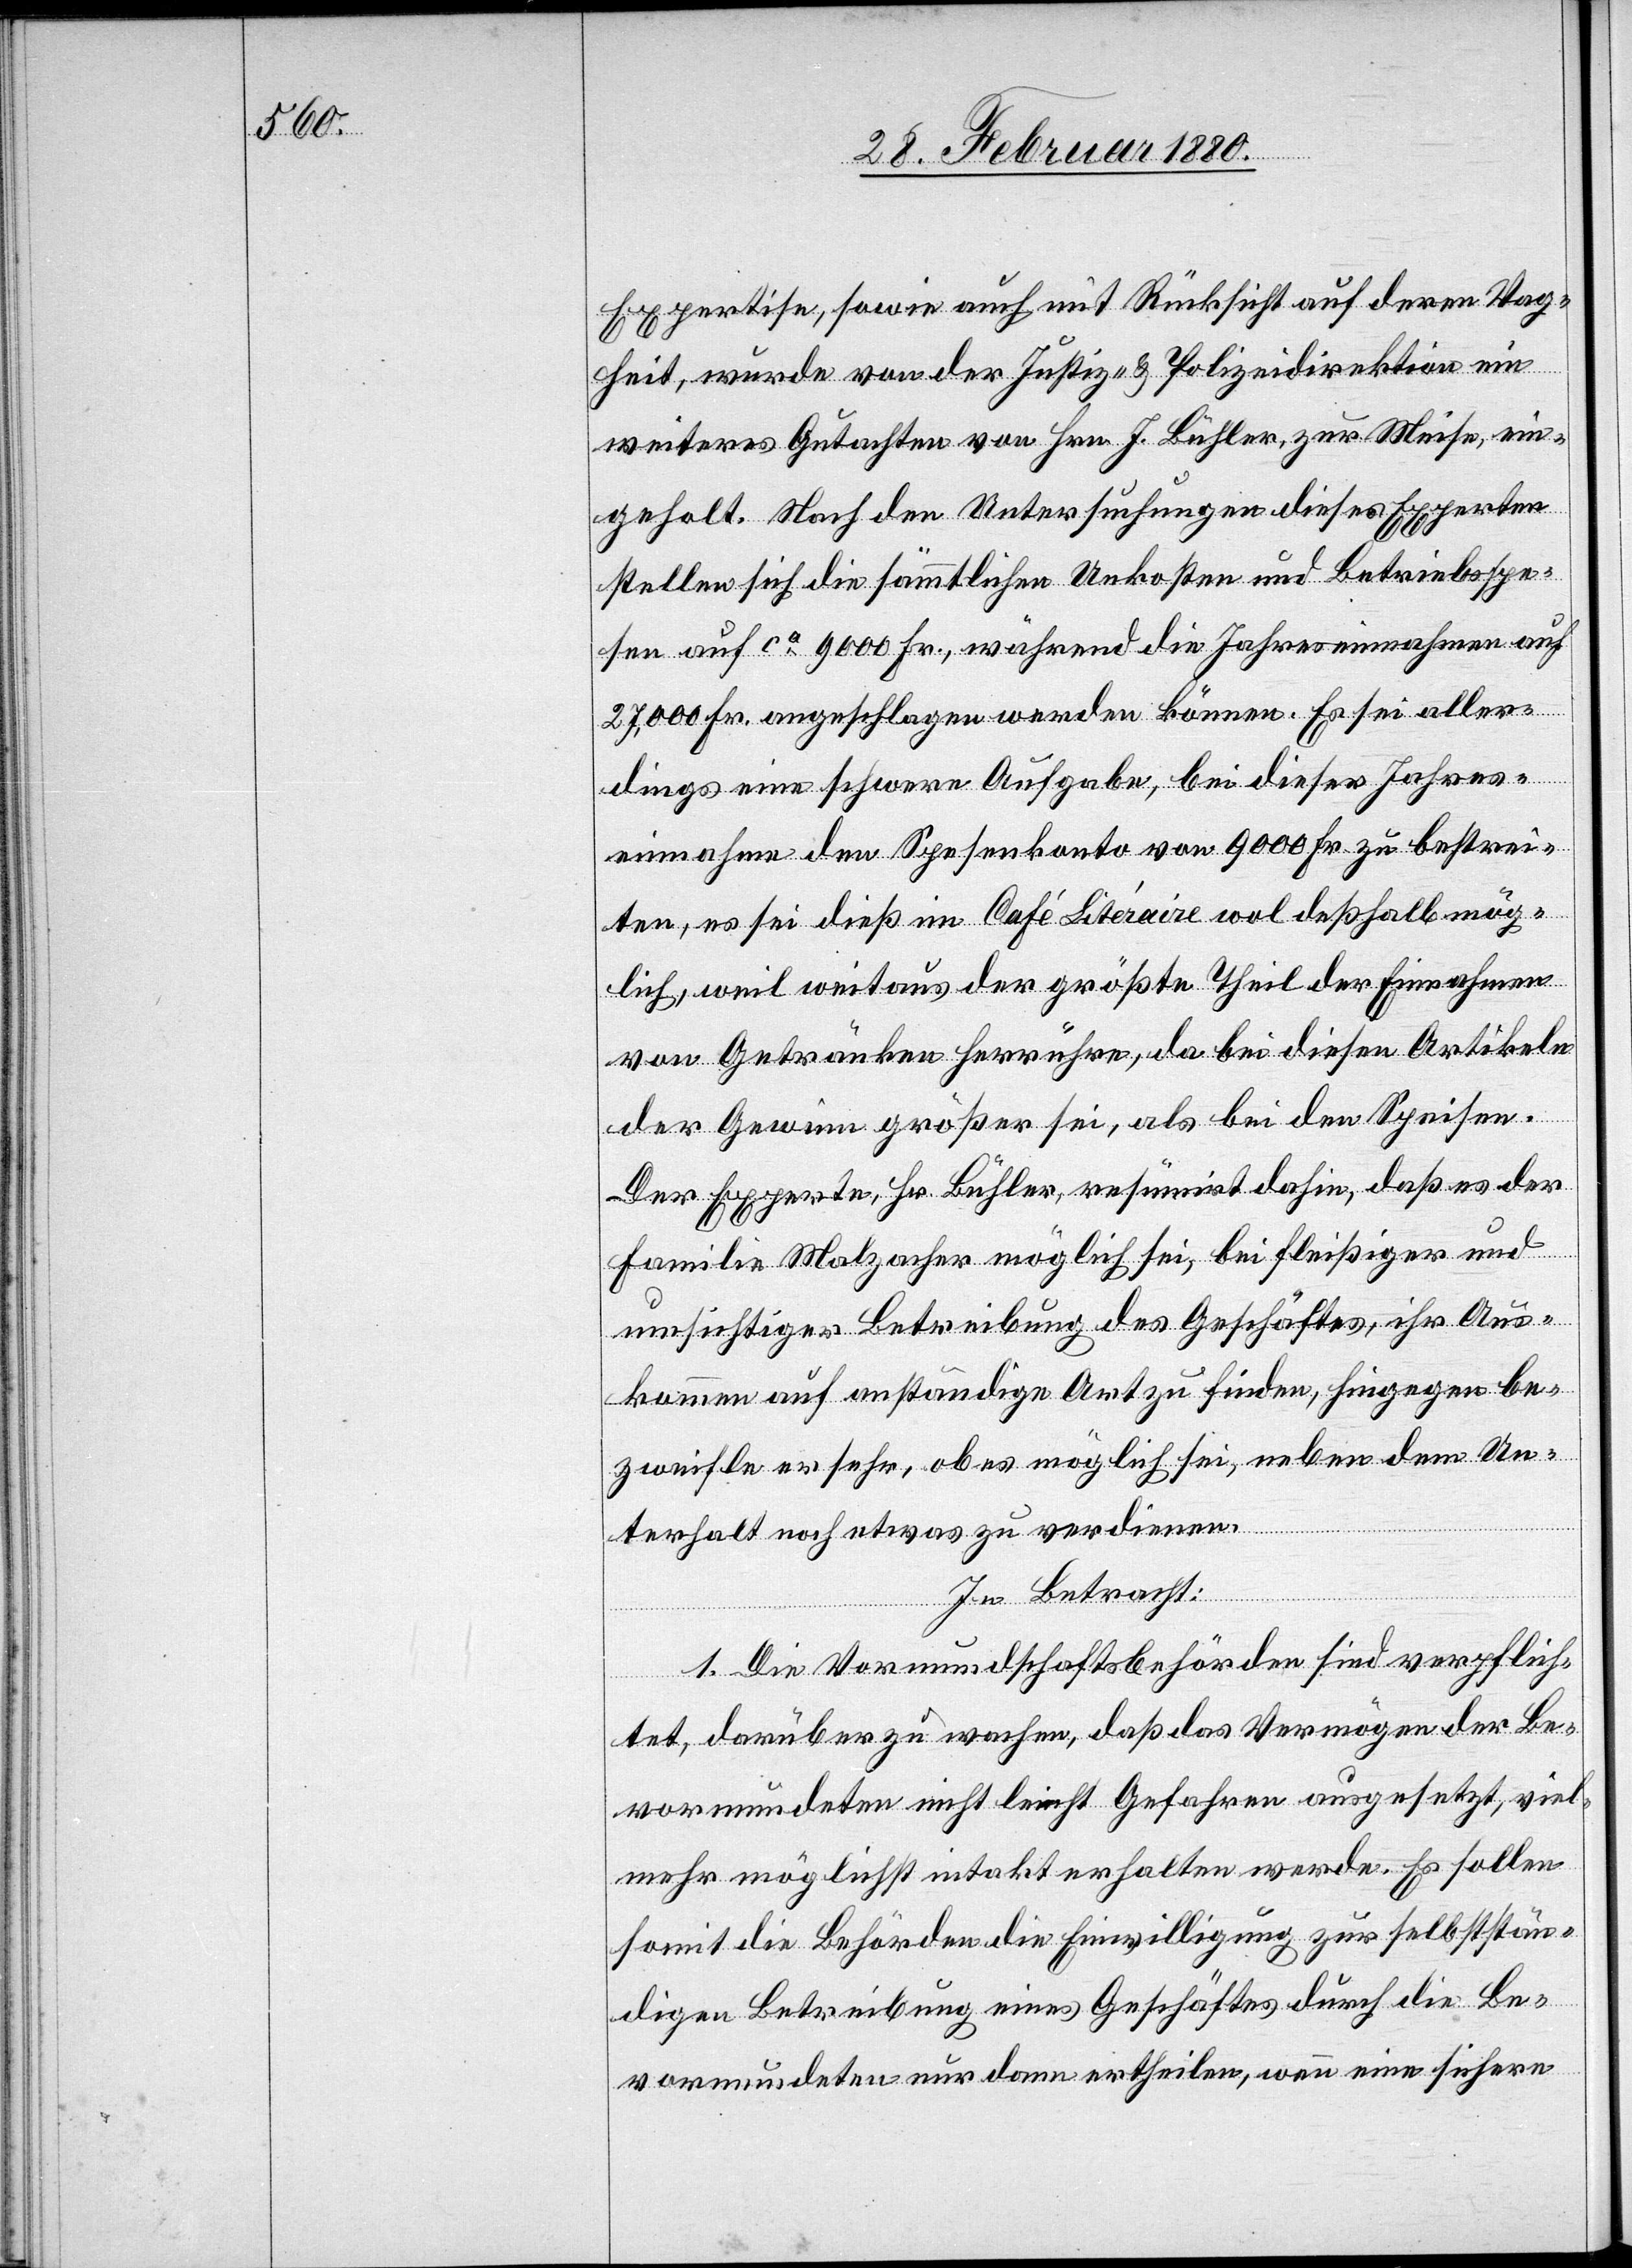
Expertise, sowie auch mit Rücksicht auf deren Vag¬
heit, wurde von der Justiz- & Polizeidirektion ein
weiteres Gutachten von Hrn. J. Bühler, zur Meise, ein¬
geholt. Nach den Untersuchungen dieses Experten
stellen sich die sämmtlichen Unkosten und Betriebsspe¬
sen auf ca 9000 Fr., während die Jahreseinnahmen auf
27, 000 Fr. angeschlagen werden können. Es sei aller¬
dings eine schwere Aufgabe, bei dieser Jahres¬
einnahme den Spesenkonto von 9000 Fr. zu bestrei¬
ten, es sei dieß im Café Litéraire wol deßhalb mög¬
lich, weil weitaus der größte Theil der Einnahmen
von Getränken herrühren, da bei diesen Artikeln
der Gewinn größer sei, als bei den Speisen.
Der Experte, Hr. Bühler, resumirt dahin, daß es der
Familie Malzacher möglich sei, bei fleißiger und
umsichtiger Betreibung des Geschäftes, ihr Aus¬
kommen auf anständige Art zu finden, hingegen be¬
zweifle er sehr, ob es möglich sei, neben dem Un¬
terhalt noch etwas zu verdienen.
In Betracht:
1. Die Vormundschaftsbehörden sind verpflich¬
tet, darüber zu wachen, daß das Vermögen der Be¬
vormundeten nicht leicht Gefahren ausgesetzt, viel¬
mehr möglichst intakt erhalten werde. Es sollen
somit die Behörden die Einwilligung zur selbststän¬
digen Betreibung eines Geschäftes durch die Be¬
vormundeten nur dann ertheilen, wenn eine sichere